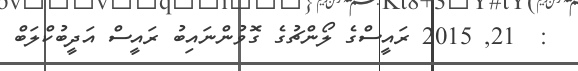
:  21